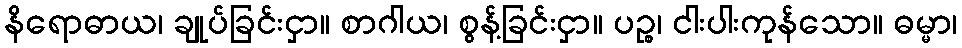
နိရောဓာယ၊ ချုပ်ခြင်းငှာ။ စာဂါယ၊ စွန့်ခြင်းငှာ။ ပဉ္စ၊ ငါးပါးကုန်သော။ ဓမ္မာ၊